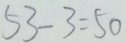
5 3 - 3 = 5 0